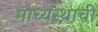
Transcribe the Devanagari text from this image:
माध्यस्थाची